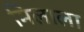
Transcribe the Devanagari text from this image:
मिलाला